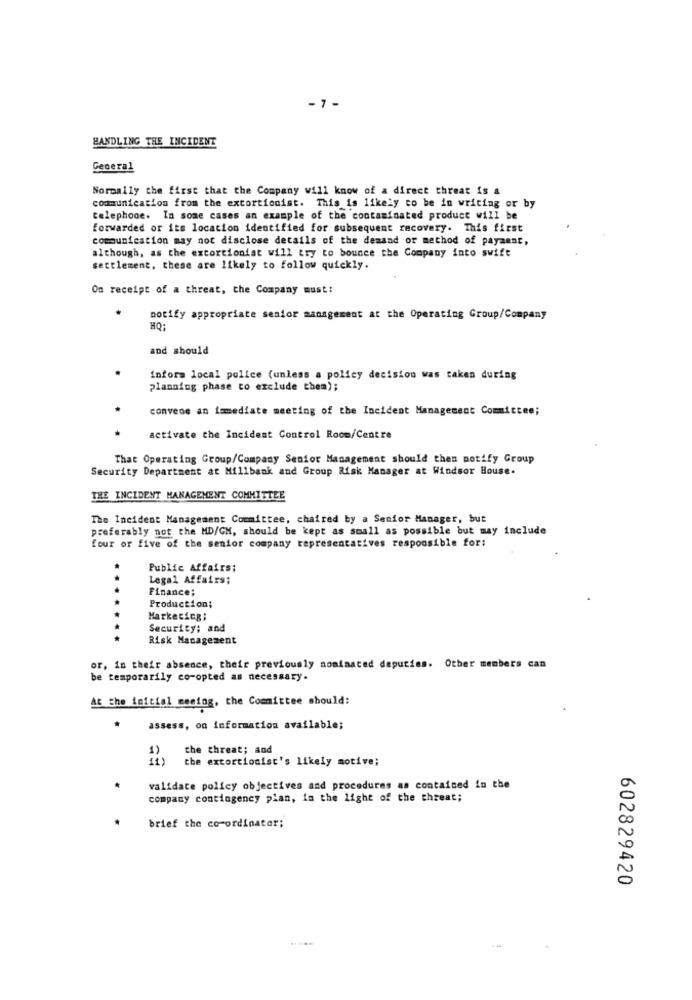
-7 -
HANDLING THE INCIDENT
General
Normally the first that the Company will know of a direct threat is a
communication from the extortionist. This is likely to be in writing or by
telephone. In some cases an example of the contaminated product will be
forwarded or its location identified for subsequent recovery. This first
communication may not disclose details of the demand or method of payment,
although, as the extortionist will try to bounce the Company into swift
settlement, these are likely to follow quickly.
On receipt of a threat, the Company must:
notify appropriate senior management at the Operating Group/Company
HO:
and should
infora local police (unless a policy decision was taken during
planning phase to exclude them);
convene an immediate meeting of the Incident Management Committee;
activate the Incident Control Room/Centre
That Operating Group/Company Senior Management should then notify Group
Security Department at Millbank and Group Risk Manager at Windsor House.
THE INCIDENT MANAGEMENT COMMITTEE
The Incident Management Committee, chaired by a Senior Manager, but
preferably not the MD/GM, should be kept as small as possible but may include
four or five of the senior company representatives responsible for:
Public Affairs;
Legal Affairs;
...
Finance;
Production:
..
Marketing:
Security; and
..
Risk Management
or, in their absence, their previously nominated deputies. Other members can
be temporarily co-opted as necessary.
At the initial mening, the Committee should:
assess, on information available;
the threat; and
the extortionist's likely motive;
validate policy objectives and procedures as contained in the
company contingency plan, in the light of the threat;
brief the co-ordinator;
602829420